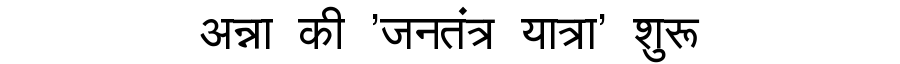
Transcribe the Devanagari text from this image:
अन्ना की 'जनतंत्र यात्रा' शुरू